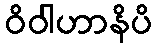
ဝိဝါဟာနိပိ